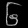
Digit: ၆